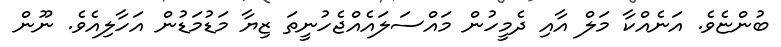
ބުންޏެވެ. އަނެއްކާ މަލް އާއި ދެމީހުން މައްސަލައެއްޖެހުނީތަ ޒިޔާ މަޑުމަޑުން އަހާލިއެވެ. ނޫން